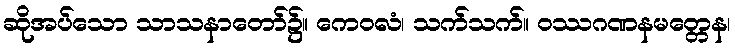
ဆိုအပ်သော သာသနာတော်၌။ ကေဝလံ၊ သက်သက်။ ဝဿဂဏနမတ္တေန၊